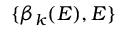
\{ \beta _ { k } ( E ) , E \}